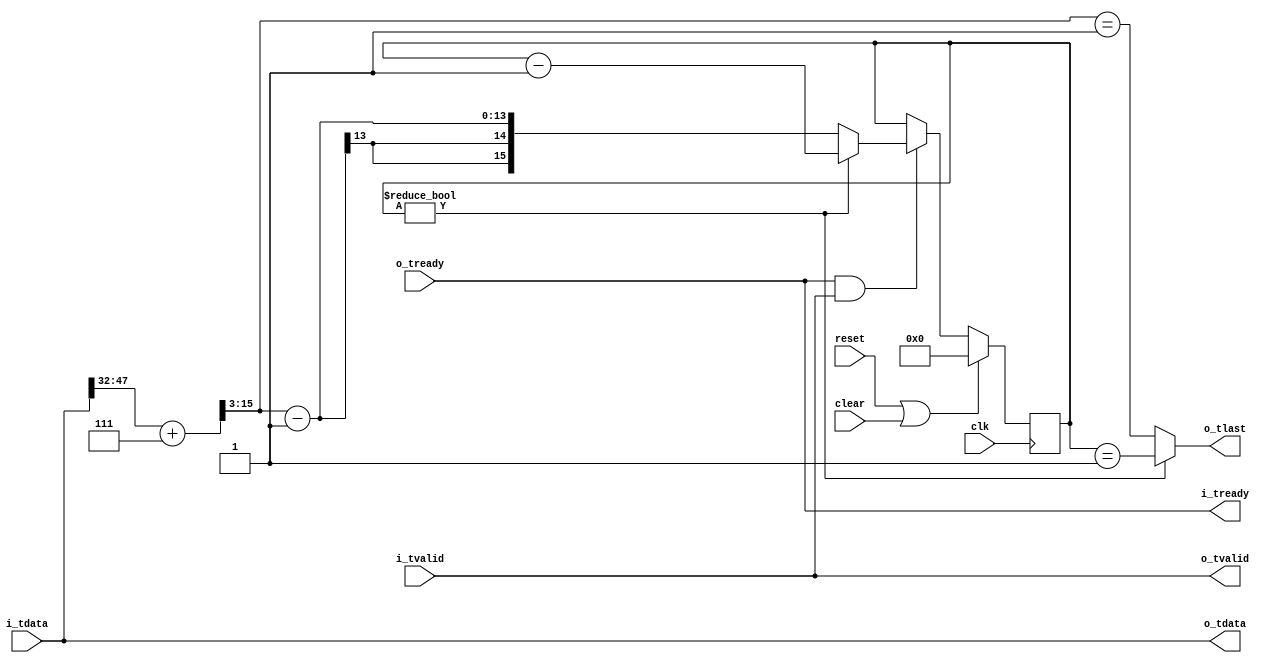
//
// Copyright 2014 Ettus Research LLC
//
// Insert tlast bit for fifos that don't support it.  This only works with VALID CVITA frames
//  A single partial or invalid frame will make this wrong FOREVER

module cvita_insert_tlast
  (input clk, input reset, input clear,
   input [63:0] i_tdata, input i_tvalid, output i_tready,
   output [63:0] o_tdata, output o_tlast, output o_tvalid, input o_tready);

   assign o_tdata = i_tdata;
   assign o_tvalid = i_tvalid;
   assign i_tready = o_tready;

   wire [15:0] cvita_len_ceil = i_tdata[47:32] + 7;
   wire [15:0] axi_len = {3'b000, cvita_len_ceil[15:3]};
   
   reg [15:0] 	 count;

   assign o_tlast = (count != 0) ? (count == 16'd1) : (axi_len == 16'd1);

   always @(posedge clk)
     if(reset | clear)
       begin
	  count <= 16'd0;
       end
     else
       if(i_tready & i_tvalid)
	 if(count != 16'd0)
	   count <= count - 16'd1;
	 else
	   count <= axi_len - 16'd1;
   
endmodule // cvita_insert_tlast